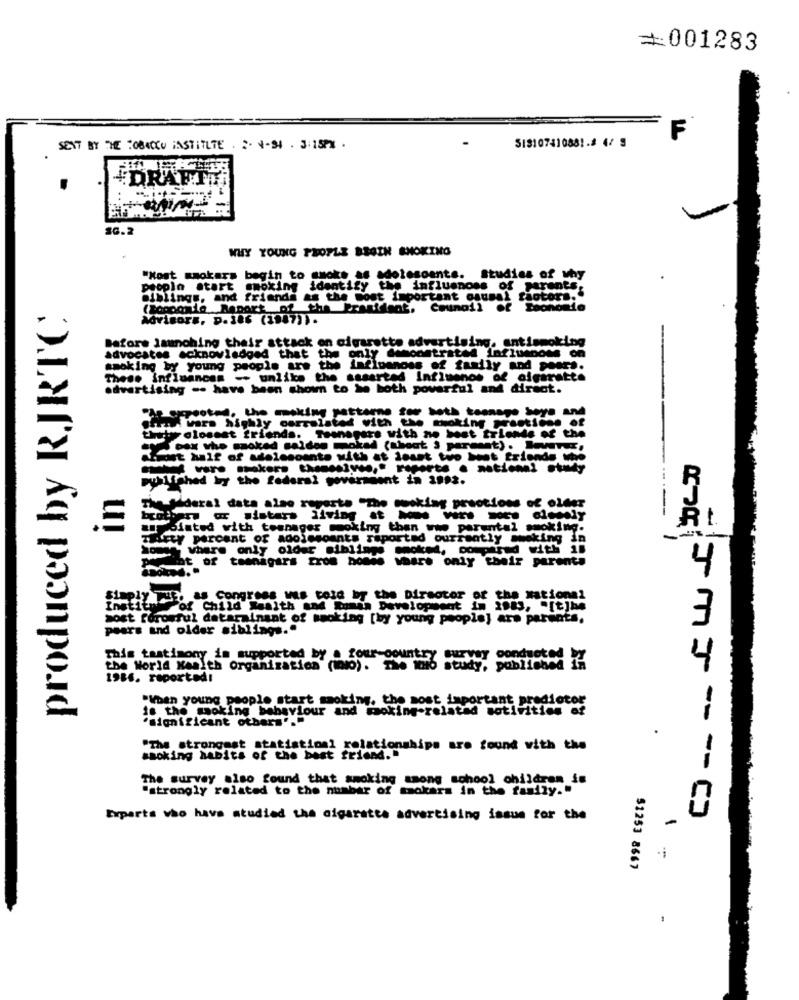
=001283
F
SENT BY THE TOBACCO INSTITUTE . 2. 4-94 . 3:15PX .
513107410881.3 4/ 9
+DRAFTT
..
SG.2
WHY YOUNG PEOPLE BEGIN SMOKING
"Kost smokers begin to smoke as adolescents. Studies of why
peopln start smoking identify the influenoss of parents,
siblings, and friends as the most important causal factors."
produced by RJRTC
(Bogoogle Report of the Erasident, Counall of Tochom
Advisors, p.186 (1987)).
Before Immnohing their attack on cigarette advertising, antismoking
advocates acknowledged that the only demonstrated Influenoss on
smoking by young people are the influenoss of family and pears.
These influancem - unlike the assarted Influenos of cigarette
advertising .- have been shown to be both powerful and direct.
" creoted, the making patterne for both teenage boys and
Irak Vars highly correlated with the thoking prastiche of
ity closest friends. Teanspare with no best trionde of the
5 bax who szoked saldos moked (shoot § parent). In ..
mist half of adolescente with at least two best friends the
published by the federal government in 1993.
R
Sideral data also reperto "The mocking preotions of older
aTu ar sistars living at ho vin. son diemely
Polated with teenager smoking than www parental smoking.
-
FLY percent of adolesoants reported ourrently making in
where only older siblings moked, compared with an
at of teenagers from homee whare only their parents
4
Simply put. as Congress was told by the Director of the National
Fof Child Wealth and maman Development
sost foromful datarainant of smoking [by young people] are parents,
pears and older siblings."
3
This testimony is supported by a four-country survey conducted
the World Kamith Organization (100). The who study, publiched 1
4
1986. reported!
"kban young people start smoking, the most important predictor
is the smoking behaviour and moking-related sotivities of
"significant other]".
"The strongest statistical relationships are found with the
smoking habits of the best friend.
The survey also found that smoking among school children in
"strongly related to the number of twokars in the family."
Experts who have studied the cigaratts advertising issue for the
-
$1253 8667